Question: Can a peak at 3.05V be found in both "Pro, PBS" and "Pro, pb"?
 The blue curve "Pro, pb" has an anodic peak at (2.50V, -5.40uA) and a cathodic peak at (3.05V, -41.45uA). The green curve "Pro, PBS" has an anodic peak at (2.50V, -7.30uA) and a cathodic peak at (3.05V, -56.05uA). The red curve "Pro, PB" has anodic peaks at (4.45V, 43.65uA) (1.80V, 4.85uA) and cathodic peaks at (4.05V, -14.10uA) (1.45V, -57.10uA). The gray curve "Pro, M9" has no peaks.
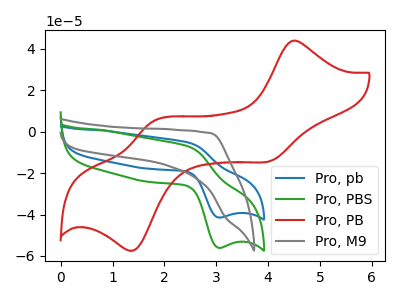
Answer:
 <answer>Yes, "Pro, PBS" and "Pro, pb" share a peak at 3.05V.</answer>
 <eval>match</eval>